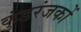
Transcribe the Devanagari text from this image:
कुंडरंजकों